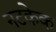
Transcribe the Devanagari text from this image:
नटकेक